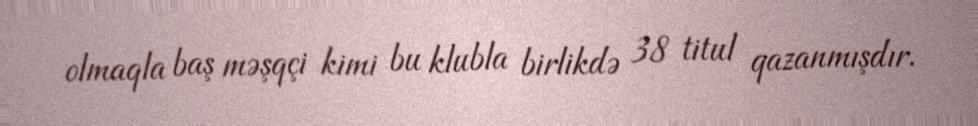
olmaqla baş məşqçi kimi bu klubla birlikdə 38 titul qazanmışdır.